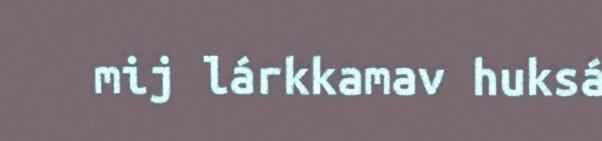
mij lárkkamav huksá